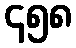
၄၅၈